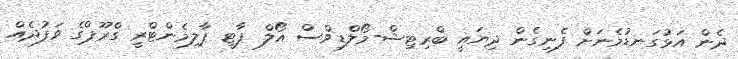
ދެން އަޅުގަނޑުމެނަށް ފެނިގެން ދިޔައީ ބްރިޓިޝް-މޯލްޑިވްސް އޯލް ޕާޓީ ޕާލިމެންޓްރީ ގްރޫޕްގެ ވަފުދެއް